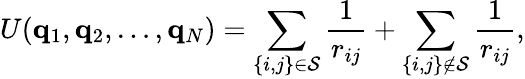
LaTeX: U(\mathbf{q}_{1},\mathbf{q}_{2},\dots,\mathbf{q}_{N})=\sum_{\{ i,j\} \in{\cal S}}\frac{1}{r_{ij}}+\sum_{\{ i,j\} \not\in{\cal S}}\frac{1}{r_{ij}},